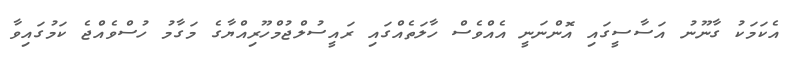
އެކަމަކު ގާނޫނު އަސާސީގައި އޮންނަނީ އެއްވެސް ހާލަތެއްގައި ރައީސުލްޖުމްހޫރިއްޔާގެ މަގާމު ހުސްވެއްޖެ ކަމުގައިވާ